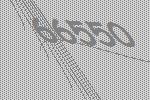
66550